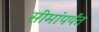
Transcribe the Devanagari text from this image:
सीमांपर्यंत